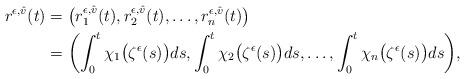
LaTeX: \begin{align*} r^{\epsilon,\hat{v}}(t) &= \bigl(r_{1}^{\epsilon,\hat{v}}(t), r_{2}^{\epsilon,\hat{v}}(t), \ldots, r_{n}^{\epsilon,\hat{v}}(t)\bigr) \\ &= \biggl(\int_0^t \chi_1\bigl(\zeta^{\epsilon}(s)\bigr) ds, \int_0^t \chi_2\bigl(\zeta^{\epsilon}(s)\bigr) ds, \ldots, \int_0^t \chi_n\bigl(\zeta^{\epsilon}(s)\bigr) ds \biggr), \end{align*}